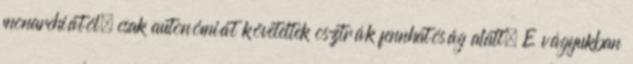
monarchiától, csak autonómiát követeltek osztrák fennhatóság alatt. E vágyukban